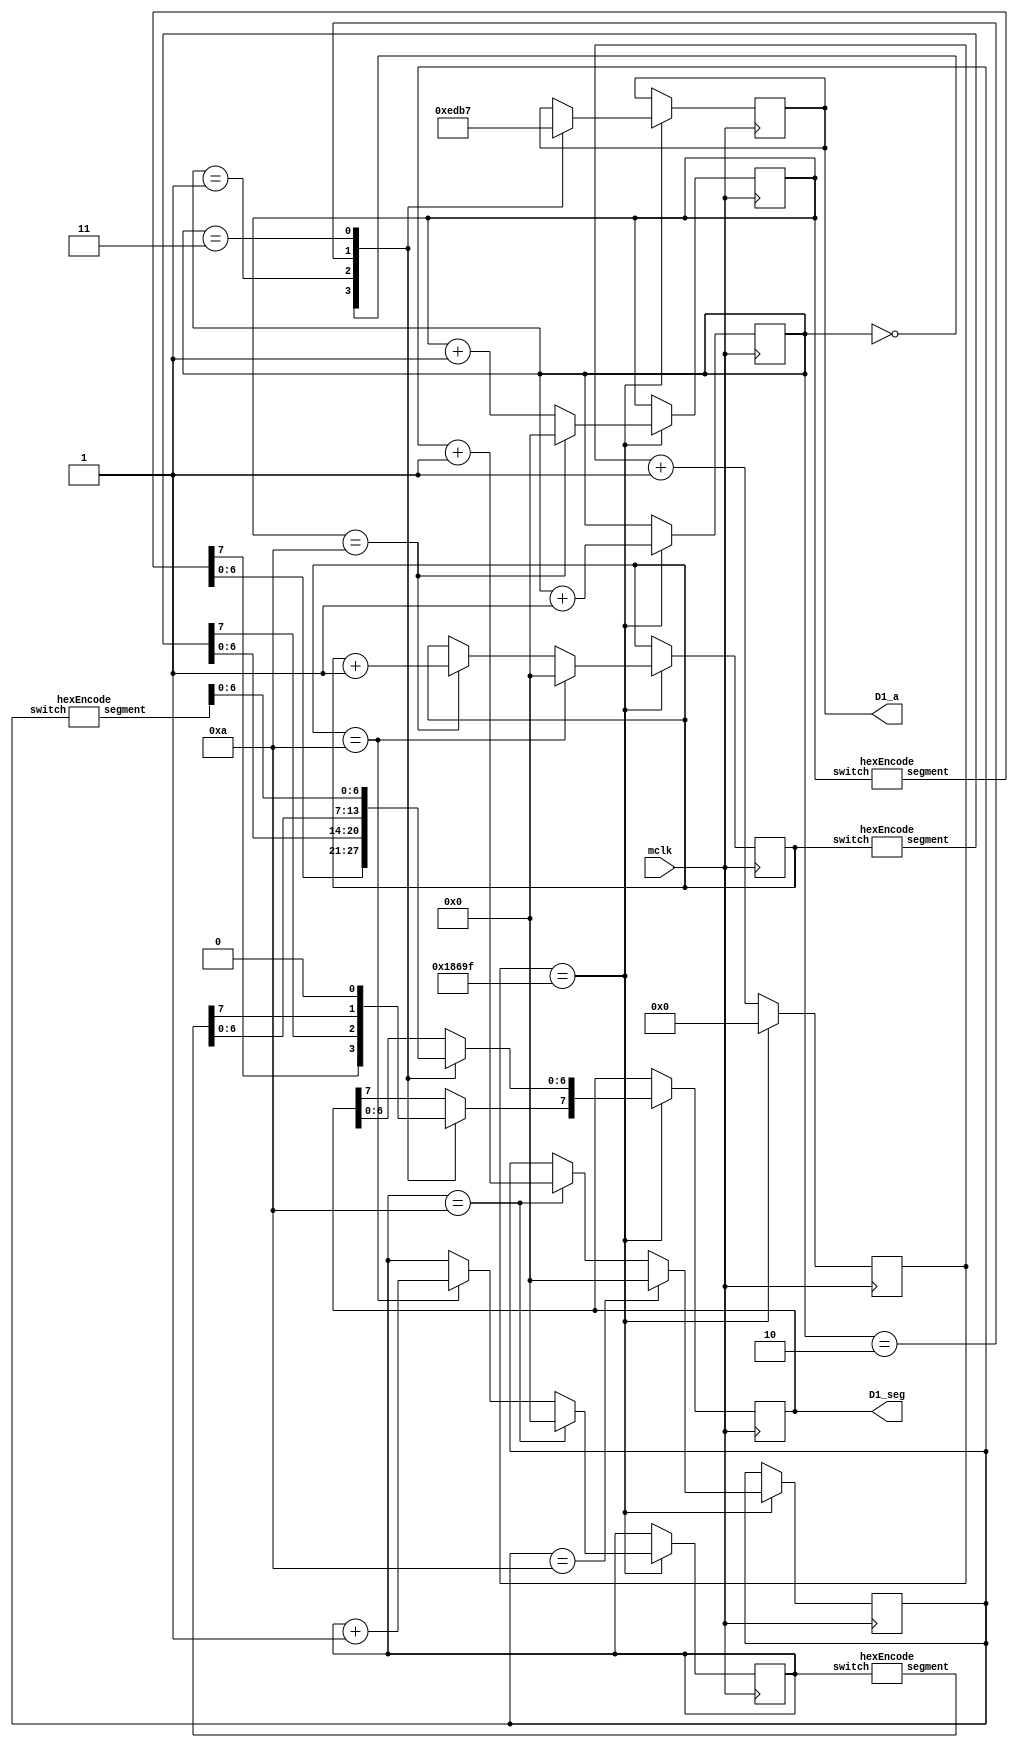
module msStopwatch(
    input mclk,
    output reg [3:0] D1_a,
    output reg [7:0] D1_seg
);
reg [26:0] count = 0;
reg [2:0] digitSelect = 0;
reg [3:0] digit0, digit1, digit2, digit3;

wire [7:0] seg0, seg1, seg2, seg3;
hexEncode he0(digit0, seg0);     
hexEncode he1(digit1, seg1);     
hexEncode he2(digit2, seg2);     
hexEncode he3(digit3, seg3); 

always @(posedge mclk) begin
    if(count == 100000 - 1) begin
        count <= 0;
        digitSelect <= digitSelect + 1;

        digit0 <= digit0 + 1;
        if(digit0 == 10) begin
            digit0 <= 0;
            digit1 <= digit1 + 1;
        end
        if(digit1 == 10) begin
            digit1 <= 0;
            digit2 <= digit2 + 1;
            end
        if(digit2 == 10) begin
            digit2 <= 0;
            digit3 <= digit3 + 1;
        end
        if(digit3 == 10) digit3 <= 0;

        

        case(digitSelect)
            2'b00 : begin
                        D1_seg = seg0;
                        D1_a = 4'b1110;
                    end
            2'b01 : begin
                        D1_seg = seg1;
                        D1_a = 4'b1101;
                    end
            2'b10 : begin
                        D1_seg = seg2;
                        D1_a = 4'b1011;
                    end
            2'b11 : begin
                        D1_seg = seg3;
                        D1_seg[7] = 0;
                        D1_a = 4'b0111;
                    end
        endcase
    end
        else begin
            count <= count + 1;
        end
end
endmodule

module hexEncode(input [3:0] switch, output reg [7:0] segment);
    always @(switch) begin
        case(switch)
            4'b0000 : segment = 8'b11000000; // 0
            4'b0001 : segment = 8'b11111001; // 1
            4'b0010 : segment = 8'b10100100; // 2
            4'b0011 : segment = 8'b10110000; // 3
            4'b0100 : segment = 8'b10011001; // 4
            4'b0101 : segment = 8'b10010010; // 5
            4'b0110 : segment = 8'b10000010; // 6 
            4'b0111 : segment = 8'b11111000; // 7
            4'b1000 : segment = 8'b10000000; // 8
            4'b1001 : segment = 8'b10010000; // 9
            // 4'b1010 : segment = 8'b10001000; // 10
            // 4'b1011 : segment = 8'b10000011; // 11
            // 4'b1100 : segment = 8'b11000110; // 12
            // 4'b1101 : segment = 8'b10100001; // 13
            // 4'b1110 : segment = 8'b10000110; // 14
            // 4'b1111 : segment = 8'b10001110; // 15
        endcase
    end
endmodule